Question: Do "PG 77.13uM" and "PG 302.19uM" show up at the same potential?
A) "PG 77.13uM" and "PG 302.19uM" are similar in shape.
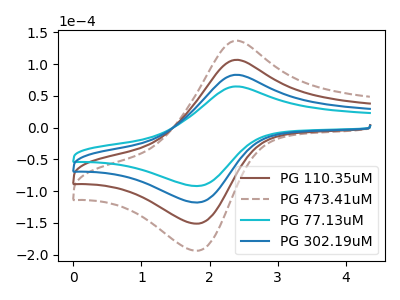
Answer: <think>The brown curve "PG 110.35uM" has an anodic peak at (2.40V, 166.70uA) and a cathodic peak at (1.80V, -235.75uA). The brown dashed curve "PG 473.41uM" has an anodic peak at (2.40V, 250.05uA) and a cathodic peak at (1.80V, -353.65uA). The cyan curve "PG 77.13uM" has an anodic peak at (2.40V, 65.00uA) and a cathodic peak at (1.80V, -91.95uA). The blue curve "PG 302.19uM" has an anodic peak at (2.40V, 83.35uA) and a cathodic peak at (1.80V, -117.90uA).
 All the peaks in "PG 77.13uM" have a peak in "PG 302.19uM" at the same potential. Every peak in "PG 77.13uM" is lower than every peak in "PG 302.19uM".</think>
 <answer>A) "PG 77.13uM" and "PG 302.19uM" are similar in shape.</answer>
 <eval>A</eval>